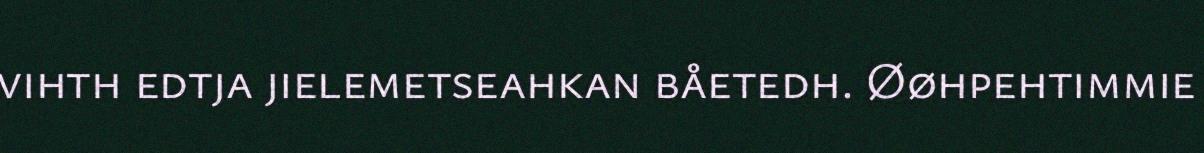
vihth edtja jielemetseahkan båetedh. Øøhpehtimmie